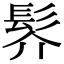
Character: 䯰